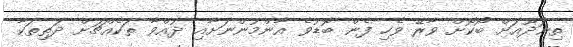
ތިނަދޫއަށް ބޯކޮށް ވާރޭ ވެހި ފެން ބޮޑުވެ އާންމުންނަށާއި ދުއްވާ ތަކެއްޗަށް ދަތިތަކާ